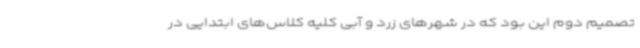
تصمیم دوم این بود که در شهرهای زرد و آبی کلیه کلاس‌های ابتدایی در